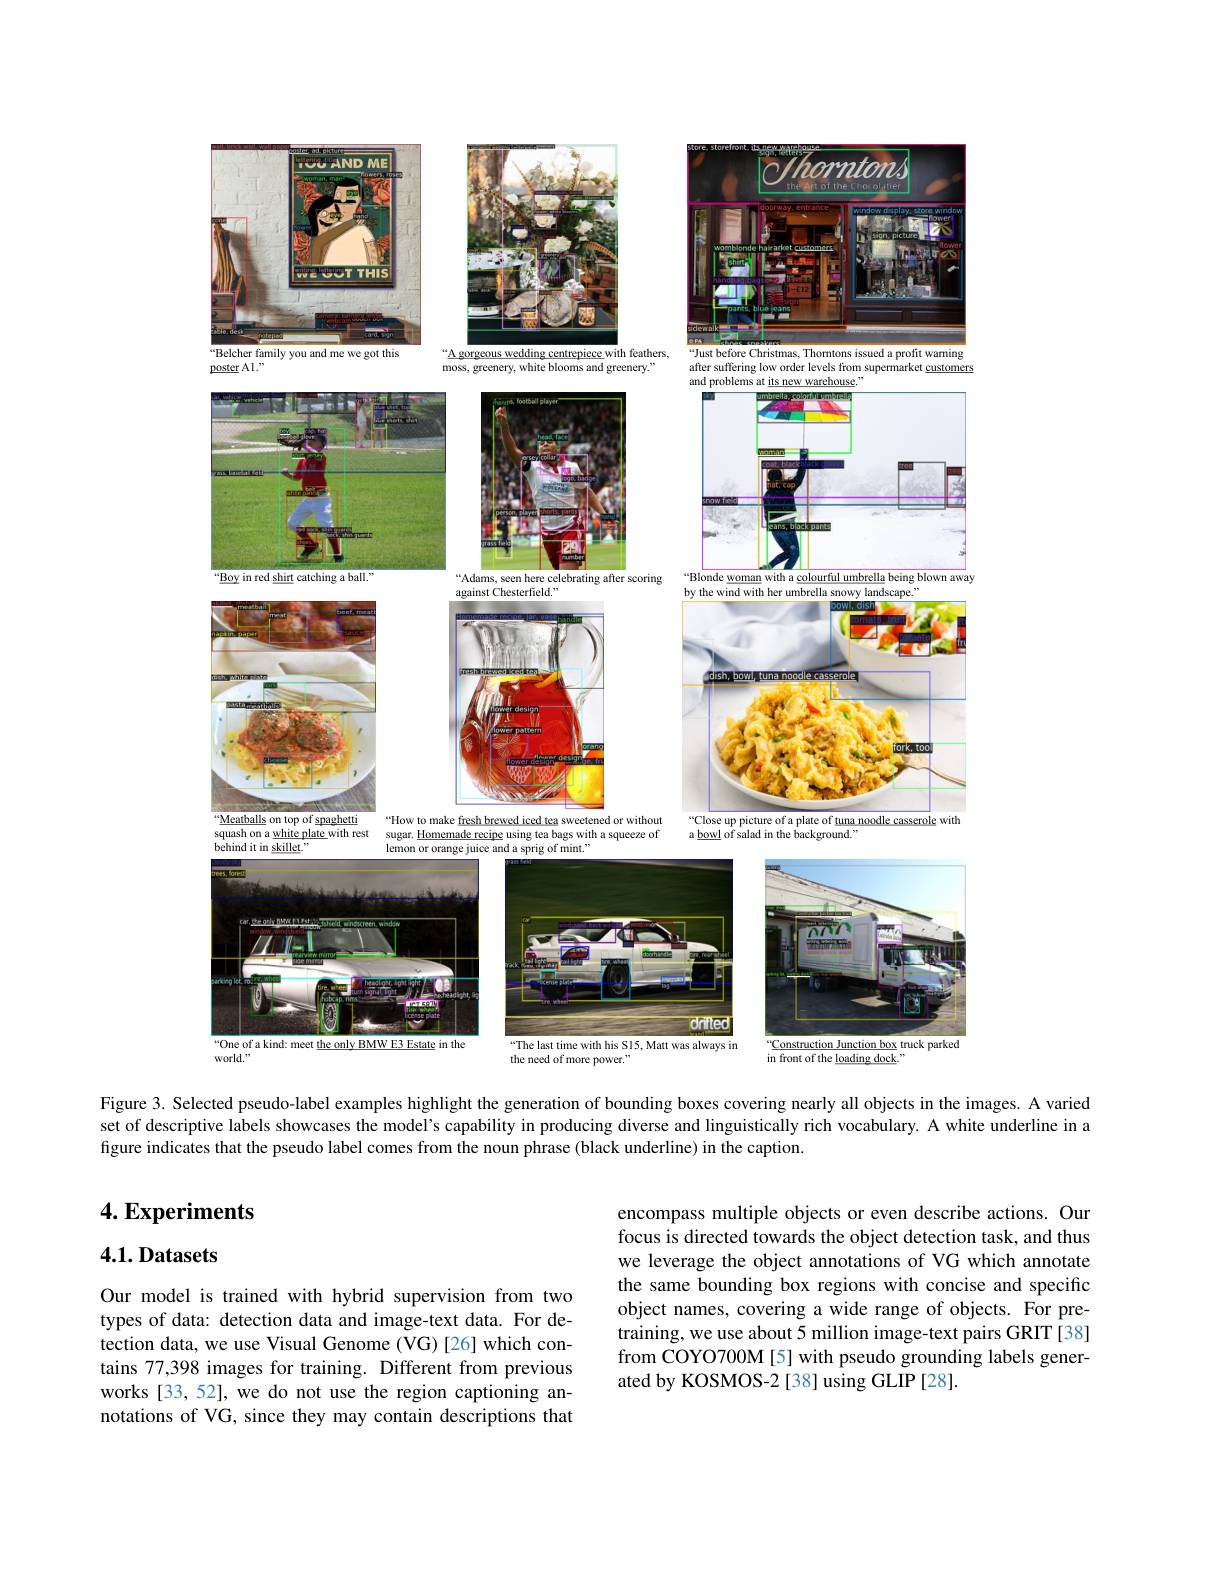
<FigureHere>

the need of more power."

Figure 3. Selected pseudo-label examples highlight the generation of bounding boxes covering nearly all objects in the images. A varied set of descriptive labels showcases the model's capability in producing diverse and linguistically rich vocabulary. A white underline in figure indicates that the pseudo label comes from the noun phrase (black underline) in the caption.

## $4. \textbf{Experiments}$

# 4.1. Datasets

encompass multiple objects or even describe actions. Our focus is directed towards the object detection task, and thus we leverage the object annotations of VG which annotate the same bounding box regions with concise and specific object names, covering a wide range of objects. For pretraining, we use about 5 million image-text pairs GRIT [38] from COYO700M[5] with pseudo grounding labels generated by KOSMOS-2 [38] using GLIP [28].

Our model is trained with hybrid supervision from two types of data: detection data and image-text data. For detection data, we use Visual Genome (VG)[26] which contains 77,398 images for training. Different from previous works [33,52], we do not use the region captioning annotations of VG, since they may contain descriptions that